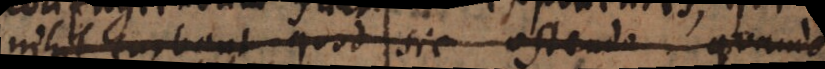
nihil turbant quod sic ostendo. Quandocu